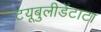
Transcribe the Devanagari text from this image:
टयूबुलीडेंटाटा